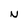
Character: N